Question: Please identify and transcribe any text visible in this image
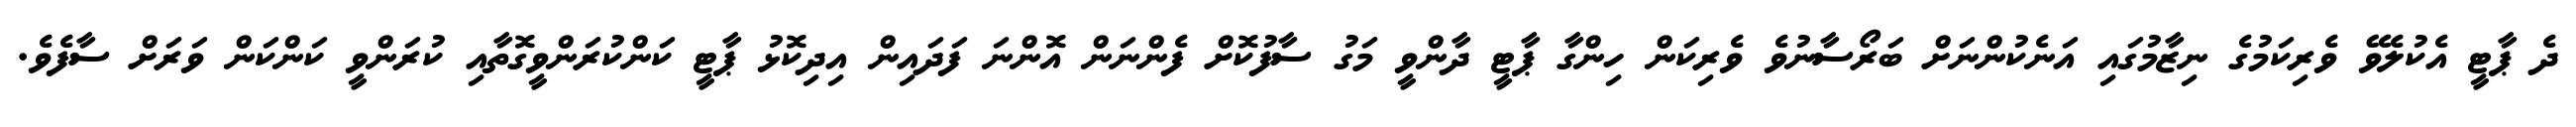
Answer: ދެ ޕާޓީ އެކުލެވޭ ވެރިކަމުގެ ނިޒާމުގައި އަނެކުންނަށް ބަރޯސާނުވެ ވެރިކަން ހިންގާ ޕާޓީ ދާންވީ މަގު ސާފުކޮށް ފެންނަން އޮންނަ ފަދައިން އިދިކޮޅު ޕާޓީ ކަންކުރަންވީގޮތާއި ކުރަންވީ ކަންކަން ވަރަށް ސާފެވެ.